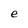
Character: e